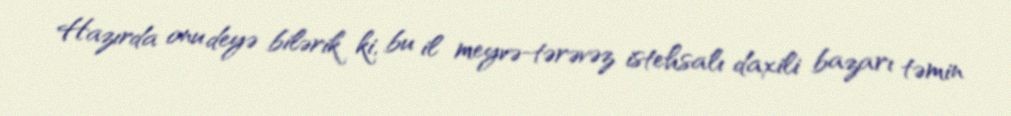
Hazırda onu deyə bilərik ki, bu il meyvə-tərəvəz istehsalı daxili bazarı təmin